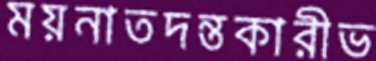
ময়নাতদন্তকারীভ